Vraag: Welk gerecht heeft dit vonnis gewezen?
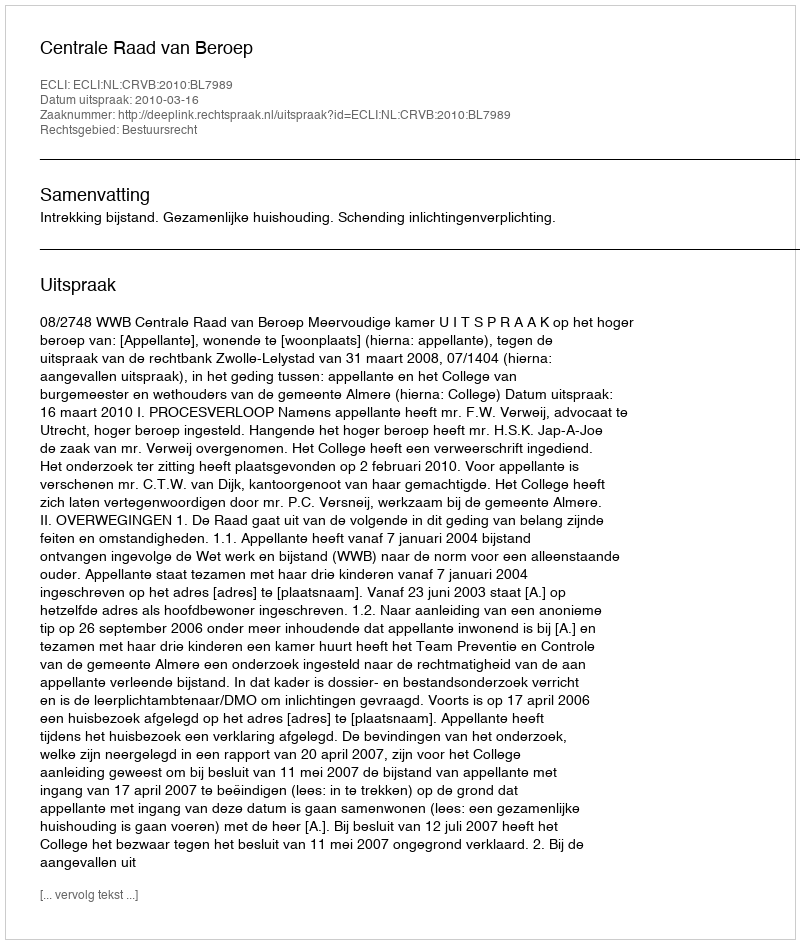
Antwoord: Centrale Raad van Beroep